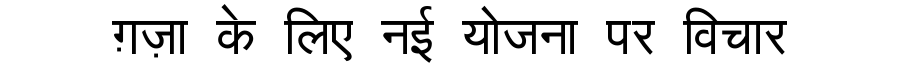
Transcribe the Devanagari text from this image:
ग़ज़ा के लिए नई योजना पर विचार